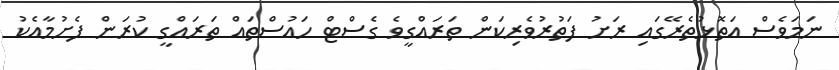
ނަމަވެސް އަތޮޅުތެރޭގައި ރަށު ފަތުރުވެރިކަން ތަރައްގީވެ ގެސްޓް ހައުސްތައް ތަރައްގީ ކުރަން ފެށުމާއެކު